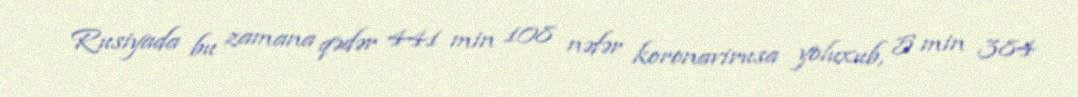
Rusiyada bu zamana qədər 441 min 108 nəfər koronavirusa yoluxub, 5 min 384